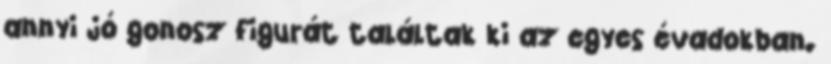
annyi jó gonosz figurát találtak ki az egyes évadokban.